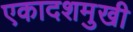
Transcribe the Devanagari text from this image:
एकादशमुखी